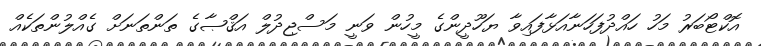
އޮކްޓޯބަރު މަހު ހައްދުފަހަނާއަޅާފައިވާ ޔަހޫދީންގެ މީހުން ވަނީ މަސްޖިދުލް އަޤްޞާގެ ތަންތަނަށް ގެއްލުންތަކެއް